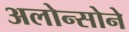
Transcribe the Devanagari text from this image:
अलोन्सोने